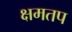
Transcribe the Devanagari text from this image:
क्षमतप